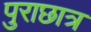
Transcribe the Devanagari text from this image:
पुराछात्र